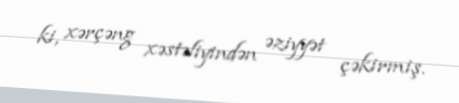
ki, xərçəng xəstəliyindən əziyyət çəkirmiş.